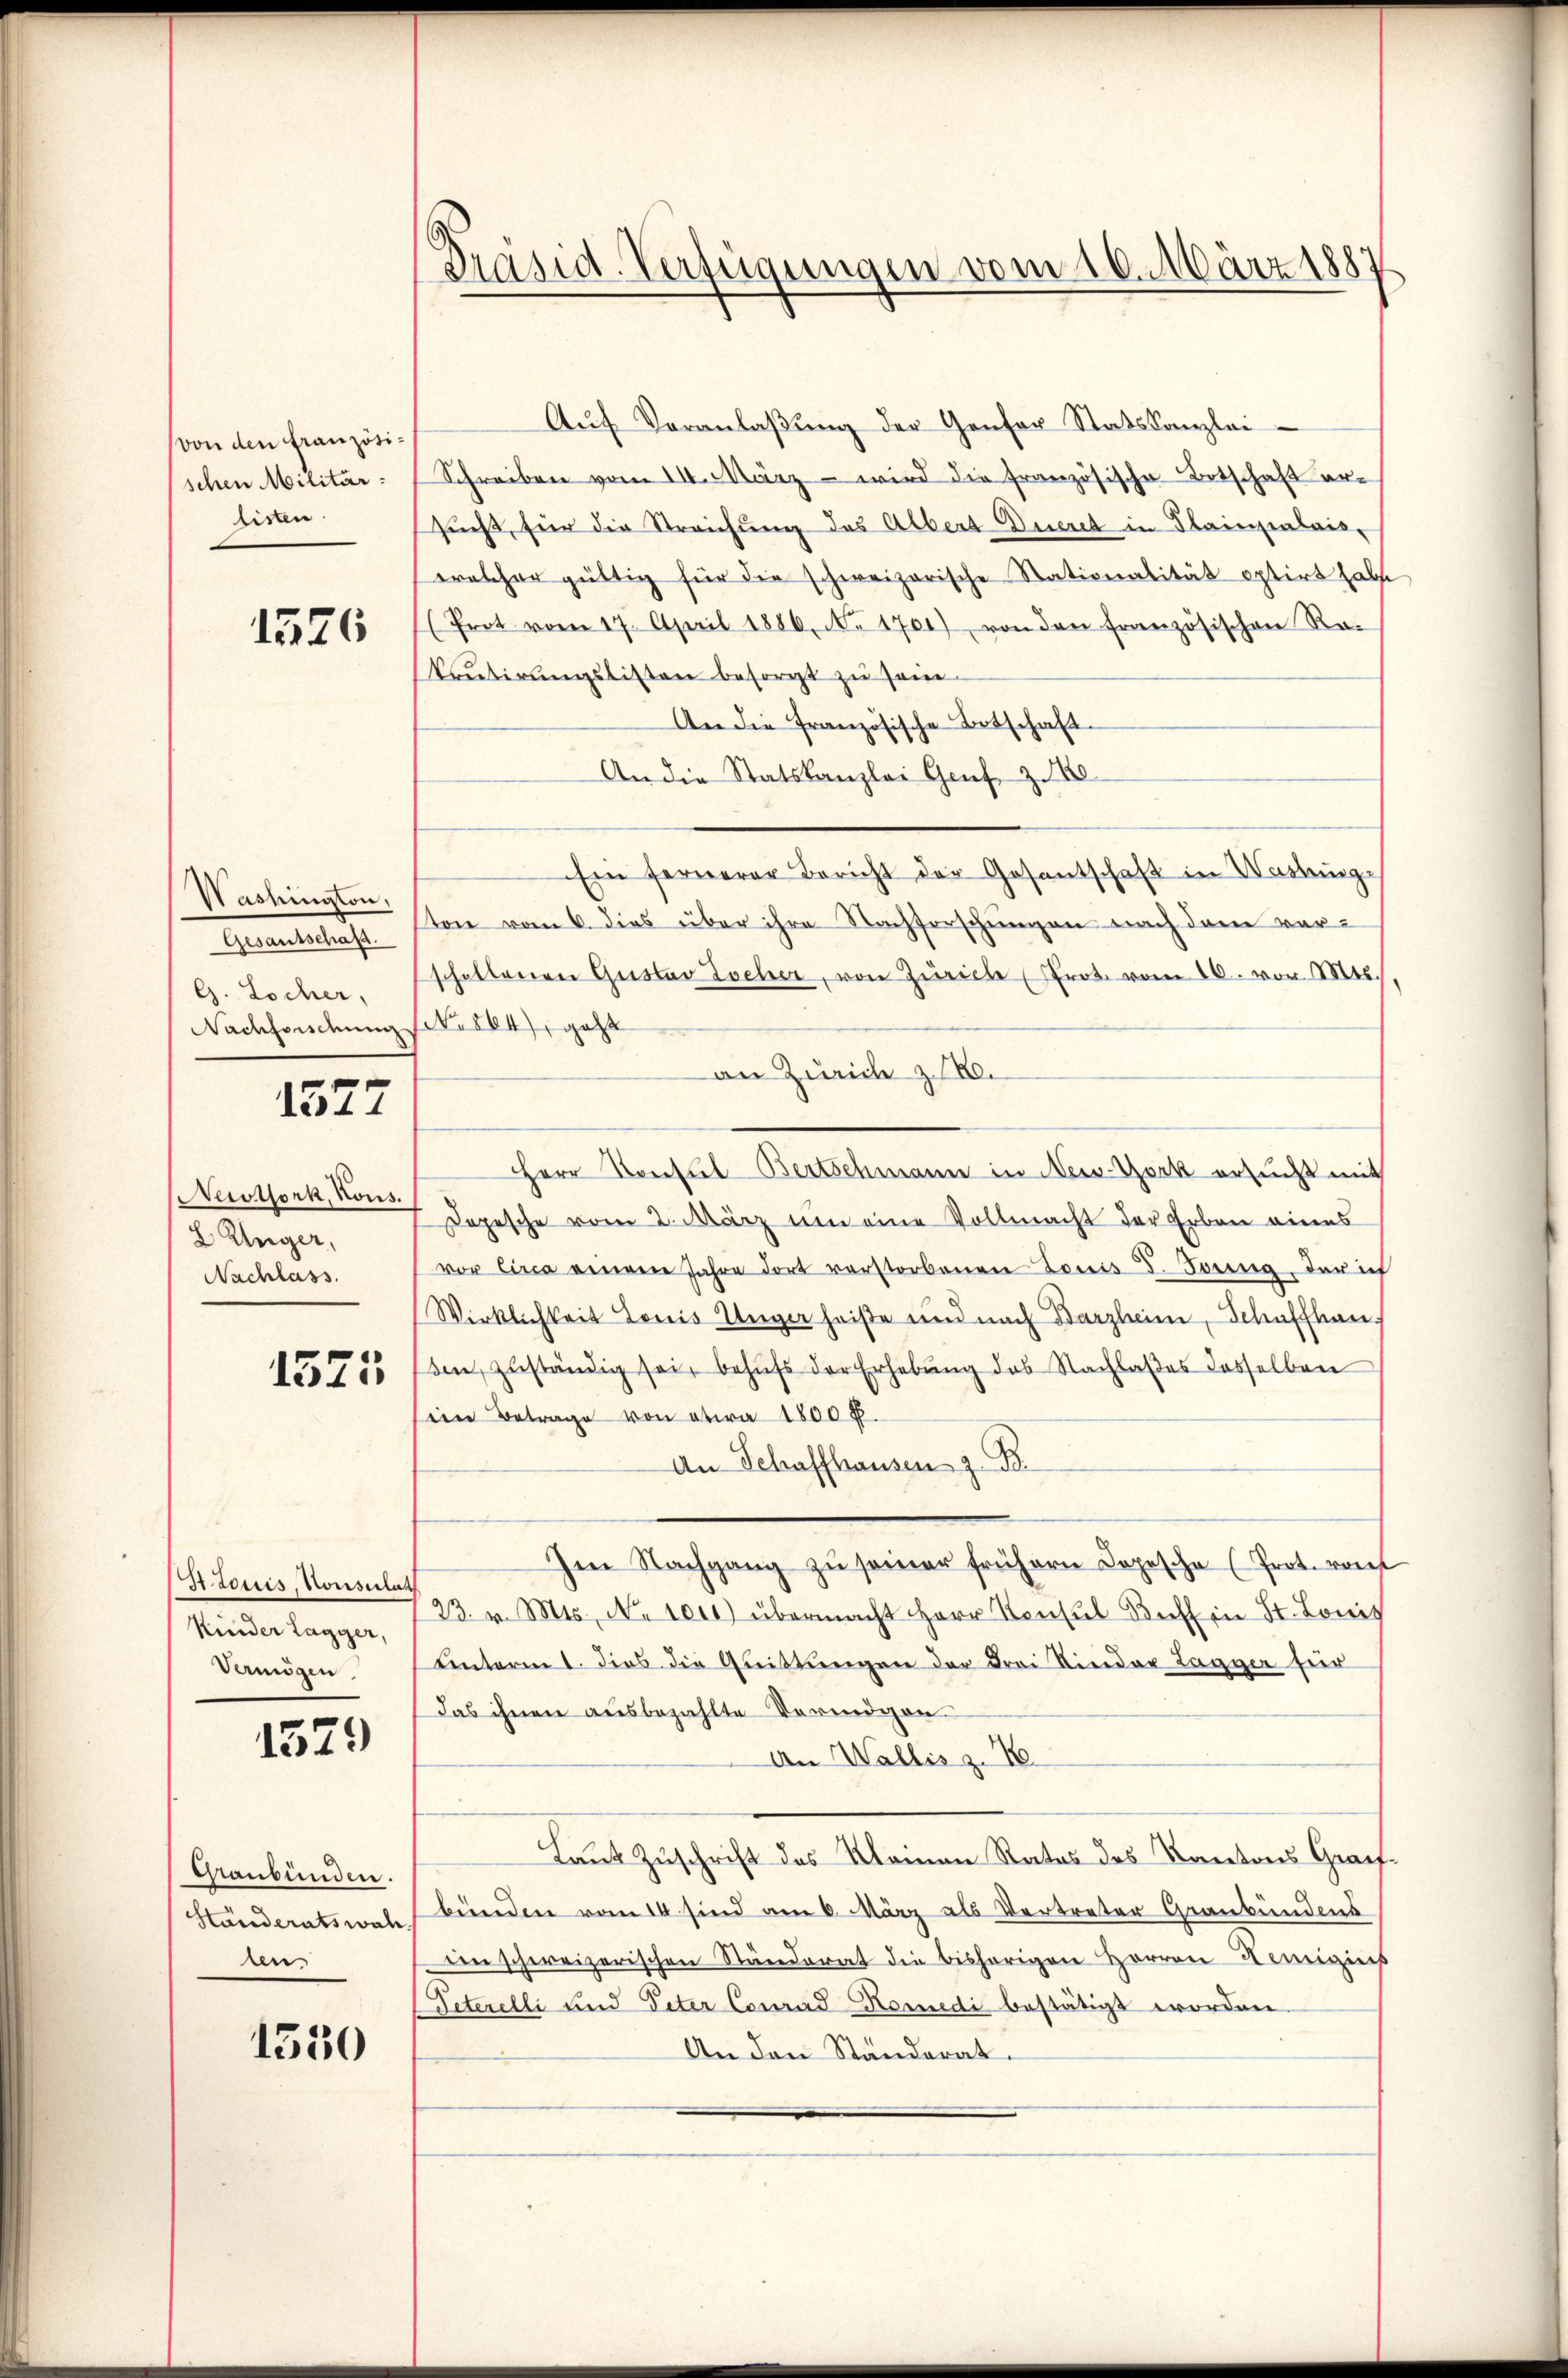
(von den französischen Militärlisten

1526

Washington,
Gesantschaft.
G. Locher,

1527

Nerothork, Kons.
2 Unger,
Nachlass.
1575

Jtocis, Konsulat
Kinder Lagger,
Vermögen

1529

Graubünden.
Ständeratswah
len

1530

Präsid. Verfügungen vom 10. März 1887

Nachfordung (N. 564, geht

Aŭf Veranlaβŭng der Gansor Statskanzlei
Schreiben vom III. März - wird die französische Botschaft ersues, für die Streichung des Albert Dueret in Plainpalais,
welcher gültig für die schweizerische Stationalität optirt habe
(Prot vom 17. April 1880, No 1701) von den französischen Re-
kretirungslisten besorgt zu sein.
An die französische Botschaft
An die Statskanzlei Genf z. 10
Ein fernerer Bericht der Gesantschaft in Washinge
ton vom 6. dies über ihre Nachforschungen nach dem vorschaltenen Gustav Locher, von Zürich (rot vom 10. vor Mts.,
an Zürich z. B.
Herr Konsul-Bertschmann in New-York ersucht mit
Dopesche vom 2. März um eine Vollmacht der Erben eines
vor circa einem Jahre dort verstorbenen Louis d. Berna, der ich
Wirklichkeit Louis Unger heiße und nach Barzheim, Schaffhau
den, zuständig sei, behufs der Erhebung des Nachlaßes desselben
iin Betrage von etwa 1800 f.
An Schaffhausen z. B.
Im Nachgang zŭ seiner frühern Copesche (Prot. von
23. v. Mts., No 1000 übermacht Herr Konsul Buch in St. Louis
uinterm 1. dies die Quittungen der drei Kinder Lagger für
Das ihnen ausbezahlte Vermögen
An Wallis z. T
Laut Zuschrift des Kleinen Rates des Kantons Graf-
bünden vom 14 sind am 6. März als Vertreter Graubündens
dn schweizerischen Ständerat die bisherigen Herren Hemigius
Peterelli und Peter Conrad Komedi bestätigt worden.
An den Standerat.